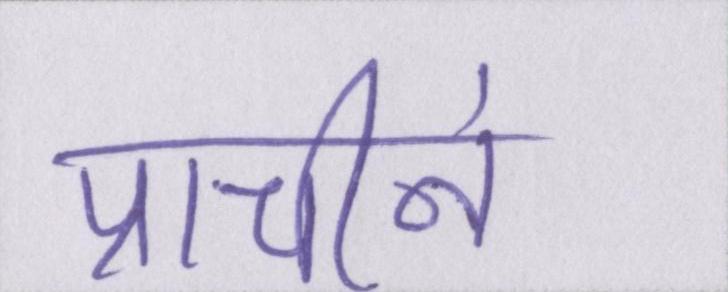
प्राचीनं